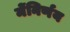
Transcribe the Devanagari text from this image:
मेंनिर्णय